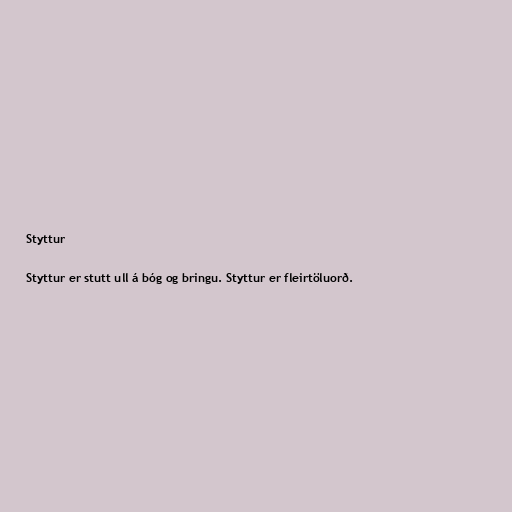
Styttur

Styttur er stutt ull á bóg og bringu. Styttur er fleirtöluorð.